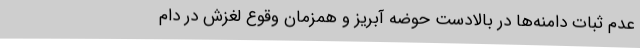
عدم ثبات دامنه‌ها در بالادست حوضه آبریز و همزمان وقوع لغزش در دام